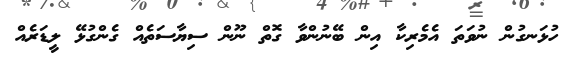
ހުޅަނގުން ނުވަތަ އެމެރިކާ އިން ބޭނުންވާ ގޮތް ނޫން ސިޔާސަތެއް ގެންގުޅޭ ލީޑަރެއް